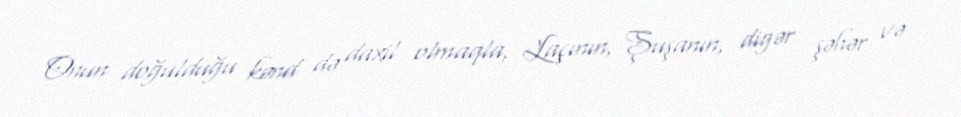
Onun doğulduğu kənd də daxil olmaqla, Laçının, Şuşanın, digər şəhər və